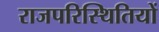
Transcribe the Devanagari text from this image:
राजपरिस्थितियों